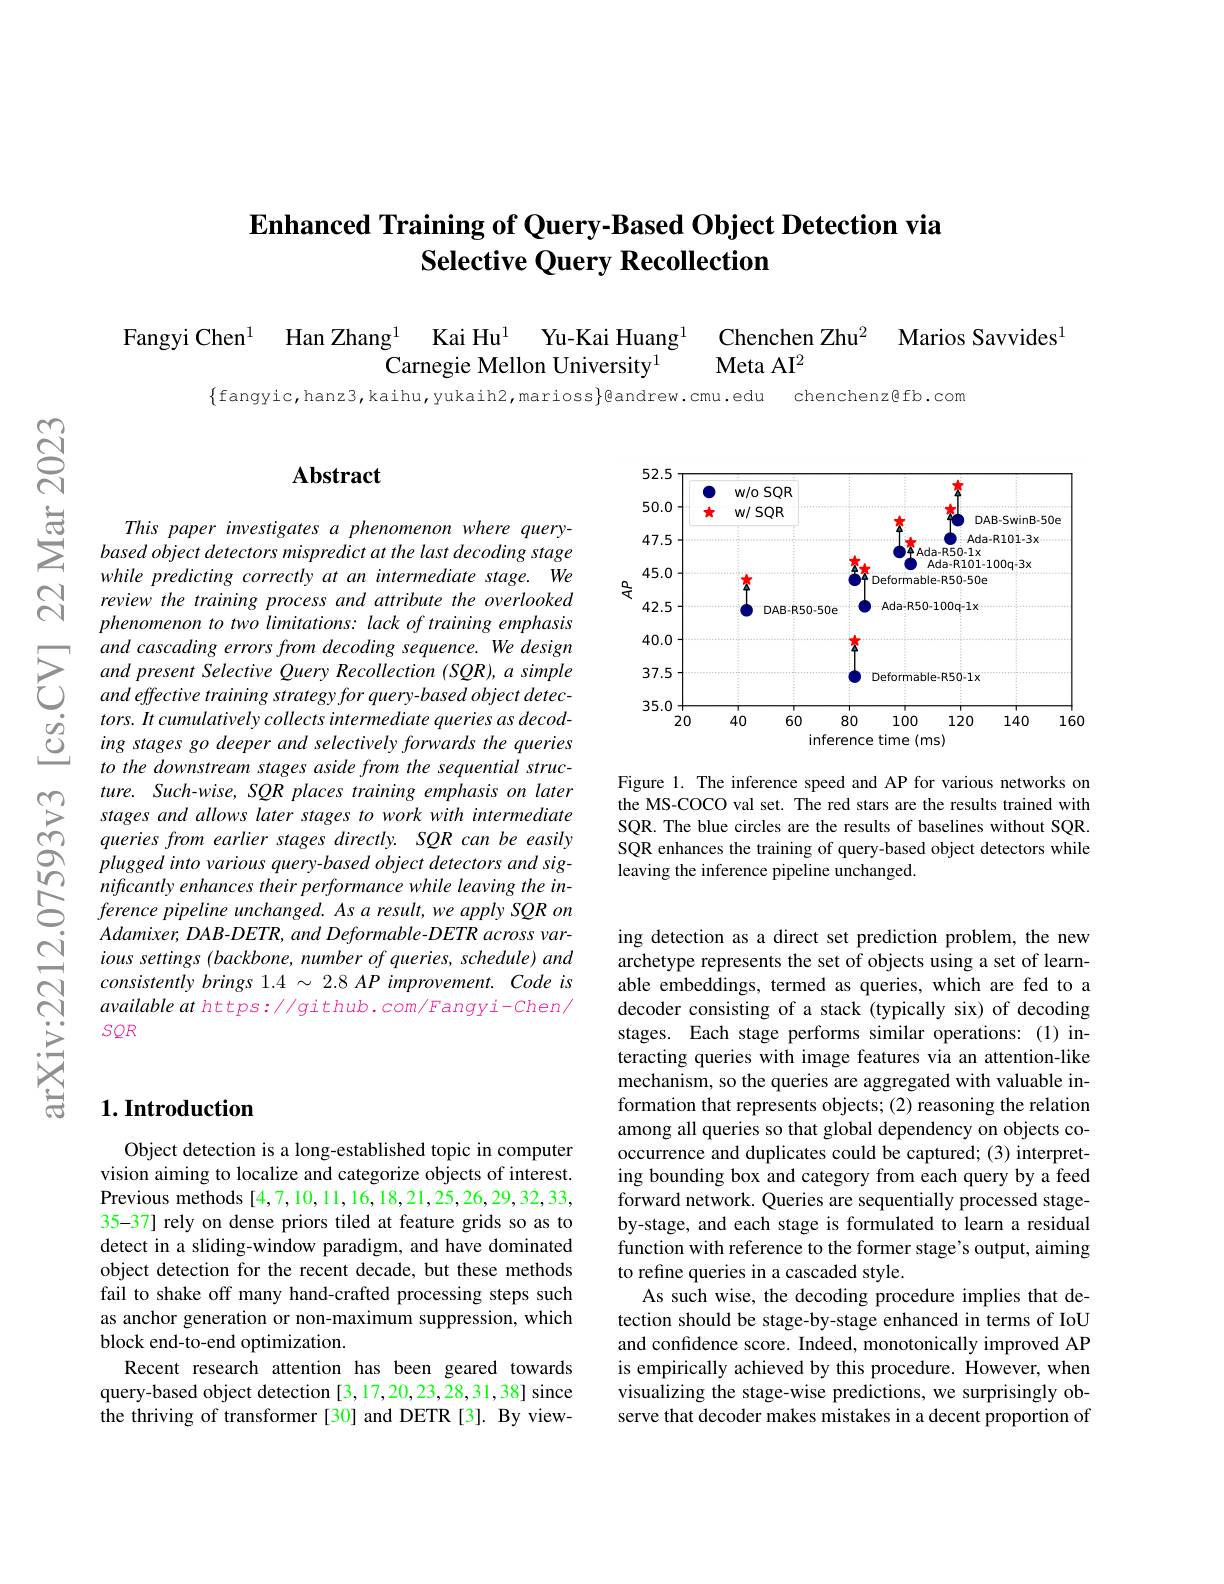
## Enhanced Training of Query-Based Object Detection via Selective Ouery Recollection

Fangyi Chen$^{1}$ Han Zhang$^{1}$ Kai Hu$^{1}$ Yu-Kai Huang$^{1}$ Chenchen Zhu$^{2}$ Marios Savvides$^{1}$
Carnegie Mellon University$^{1}$
Meta AI$^{2}$

$\{$fangyic,hanz3,kaihu,yukaih2,marioss$\}$@andrew.cmu.edu

chenchenz@fb.com

$କୁୁ$

### $\mathbf{Abstract}$

This paper investigates a phenomenon where querybased object detectors mispredict at the last decoding stage while predicting correctly at an intermediate stage.We review the training process and attribute the overlooked phenomenon to two limitations: lack of training emphasis and cascading errors from decoding sequence. We design
$\sum_{ros}^{and~cascading~errors~from~decoding~sequence.~We~dessign}\\\sum_{ros}^{and~present~Selective~Query~Recollection~(SQR),~a~simple}\\and~effective~training~strategy~for~query-based~object~detec-~tors.~It~cumulatively~collects~intermediate~queries~as~dec$ $\begin{array}{lll}&tors.It\:cumulatively\:collects\:intermediate\:queries\:as\:decod-\\C&ing\:stages\:go\:deeper\:and\:selectively\:forwards\:the\:queries\\&to\:the\:downstream\:stages\:aside\:from\:the\:sequential\:struc-\end{array}$
ture. Such-wise, SQR places training emphasis on later stages and allows later stages to work with intermediate queries from earlier stages directly. SQR can be easily
$\begin{array}{lll}&plugged\:into\:various\:query-based\:object\:detectors\:and\:sig-\\\bigcap&nificantly\:enhances\:their\:performance\:while\:leaving\:the\:in-\\\bigcirc&ference\:pipeline\:unchanged.\:As\:a\:result,\:we\:apply\:SQR\:on\end{array}$
$Adamixer, DAB- DETR, and\textit{ Deformable- DETR across var- }$ ious settings (backbone, number of queries, schedule) and $consistentlybrings1.4~\sim~2.8~AP~improvement.~Code~is$ available at https: / github. com/ Fangyi- Chen/ $SQR$

<FigureHere>

Figure 1. The inference speed and AP for various networks on the MS-COCO val set. The red stars are the results trained with SQR. The blue circles are the results of baselines without SQR. SQR enhances the training of query-based object detectors while leaving the inference pipeline unchanged.

ing detection as a direct set prediction problem, the new archetype represents the set of objects using a set of learnable embeddings, termed as queries, which are fed to a decoder consisting of a stack (typically six) of decoding stages. Each stage performs similar operations:(1)interacting queries with image features via an attention-like mechanism, so the queries are aggregated with valuable information that represents objects; (2) reasoning the relation among all queries so that global dependency on objects cooccurrence and duplicates could be captured; (3) interpreting bounding box and category from each query by a feed forward network. Queries are sequentially processed stageby-stage, and each stage is formulated to learn a residual function with reference to the former stage's output, aiming to refine queries in a cascaded style.
As such wise, the decoding procedure implies that detection should be stage-by-stage enhanced in terms of IoU and confidence score. Indeed, monotonically improved AP is empirically achieved by this procedure. However, when visualizing the stage-wise predictions, we surprisingly observe that decoder makes mistakes in a decent proportion of

## $1. \textbf{Introduction}$

Object detection is a long-established topic in computer vision aiming to localize and categorize objects of interest. Previous methods [4,7,10,11,16,18,21,25,26,29,32,33, 35-37] rely on dense priors tiled at feature grids so as to detect in a sliding-window paradigm, and have dominated object detection for the recent decade, but these methods fail to shake off many hand-crafted processing steps such as anchor generation or non-maximum suppression, which block end-to-end optimization.
Recent research attention has been geared towards query-based object detection [3,17,20,23,28,31,38] since the thriving of transformer [30] and DETR [3]. By view-